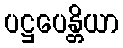
ပဋ္ဌပေန္တိယာ